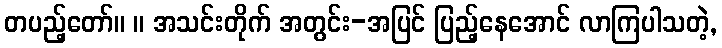
တပည့်တော်။ ။ အသင်းတိုက် အတွင်း-အပြင် ပြည့်နေအောင် လာကြပါသတဲ့,